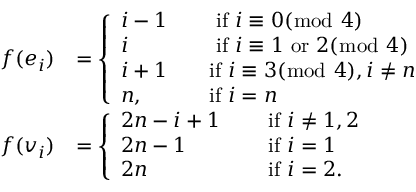
\begin{array} { r l } { f ( e _ { i } ) } & { = \left\{ \begin{array} { l l } { i - 1 \quad } & { \mathrm { ~ i f ~ } i \equiv 0 ( \bmod ~ 4 ) } \\ { i \quad } & { \mathrm { ~ i f ~ } i \equiv 1 \mathrm { ~ o r ~ } 2 ( \bmod ~ 4 ) } \\ { i + 1 \quad } & { \mathrm { i f ~ } i \equiv 3 ( \bmod ~ 4 ) , i \ne n } \\ { n , \quad } & { \mathrm { i f ~ } i = n } \end{array} \right. } \\ { f ( v _ { i } ) } & { = \left\{ \begin{array} { l l } { 2 n - i + 1 \quad } & { \mathrm { ~ i f ~ } i \ne 1 , 2 } \\ { 2 n - 1 \quad } & { \mathrm { ~ i f ~ } i = 1 } \\ { 2 n \quad } & { \mathrm { ~ i f ~ } i = 2 . } \end{array} \right. } \end{array}